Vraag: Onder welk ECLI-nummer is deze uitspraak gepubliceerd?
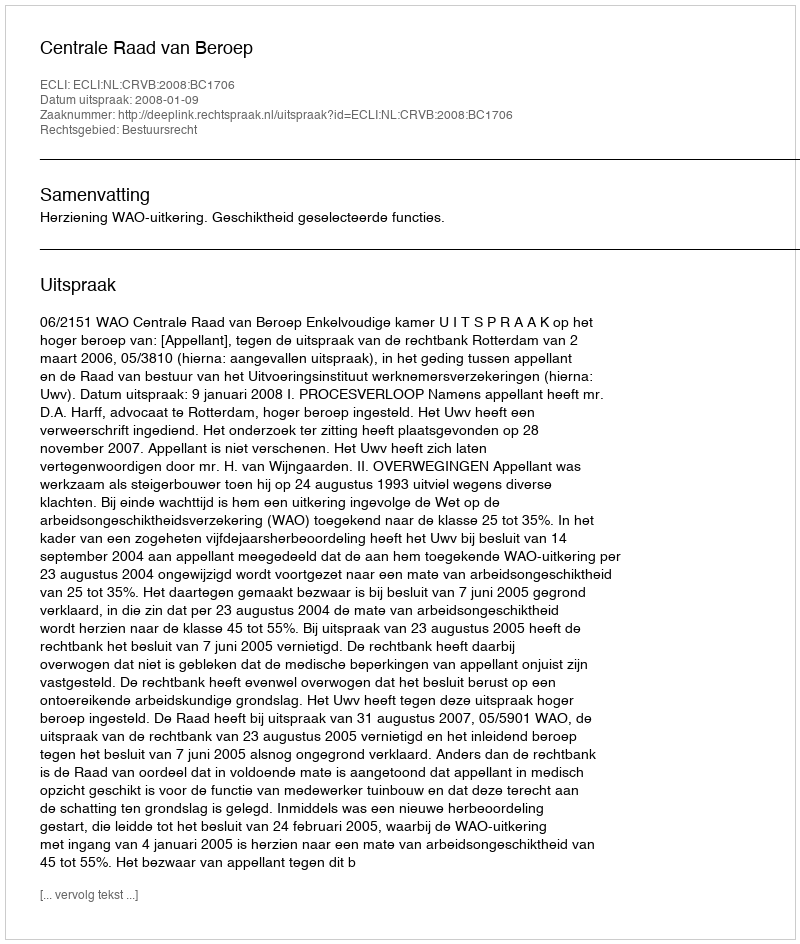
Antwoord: ECLI:NL:CRVB:2008:BC1706